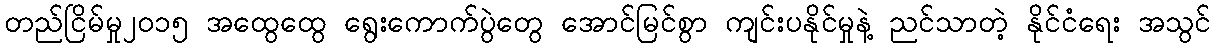
တည်ငြိမ်မှု၂၀၁၅ အထွေထွေ ရွေးကောက်ပွဲတွေ အောင်မြင်စွာ ကျင်းပနိုင်မှုနဲ့ ညင်သာတဲ့ နိုင်ငံရေး အသွင်